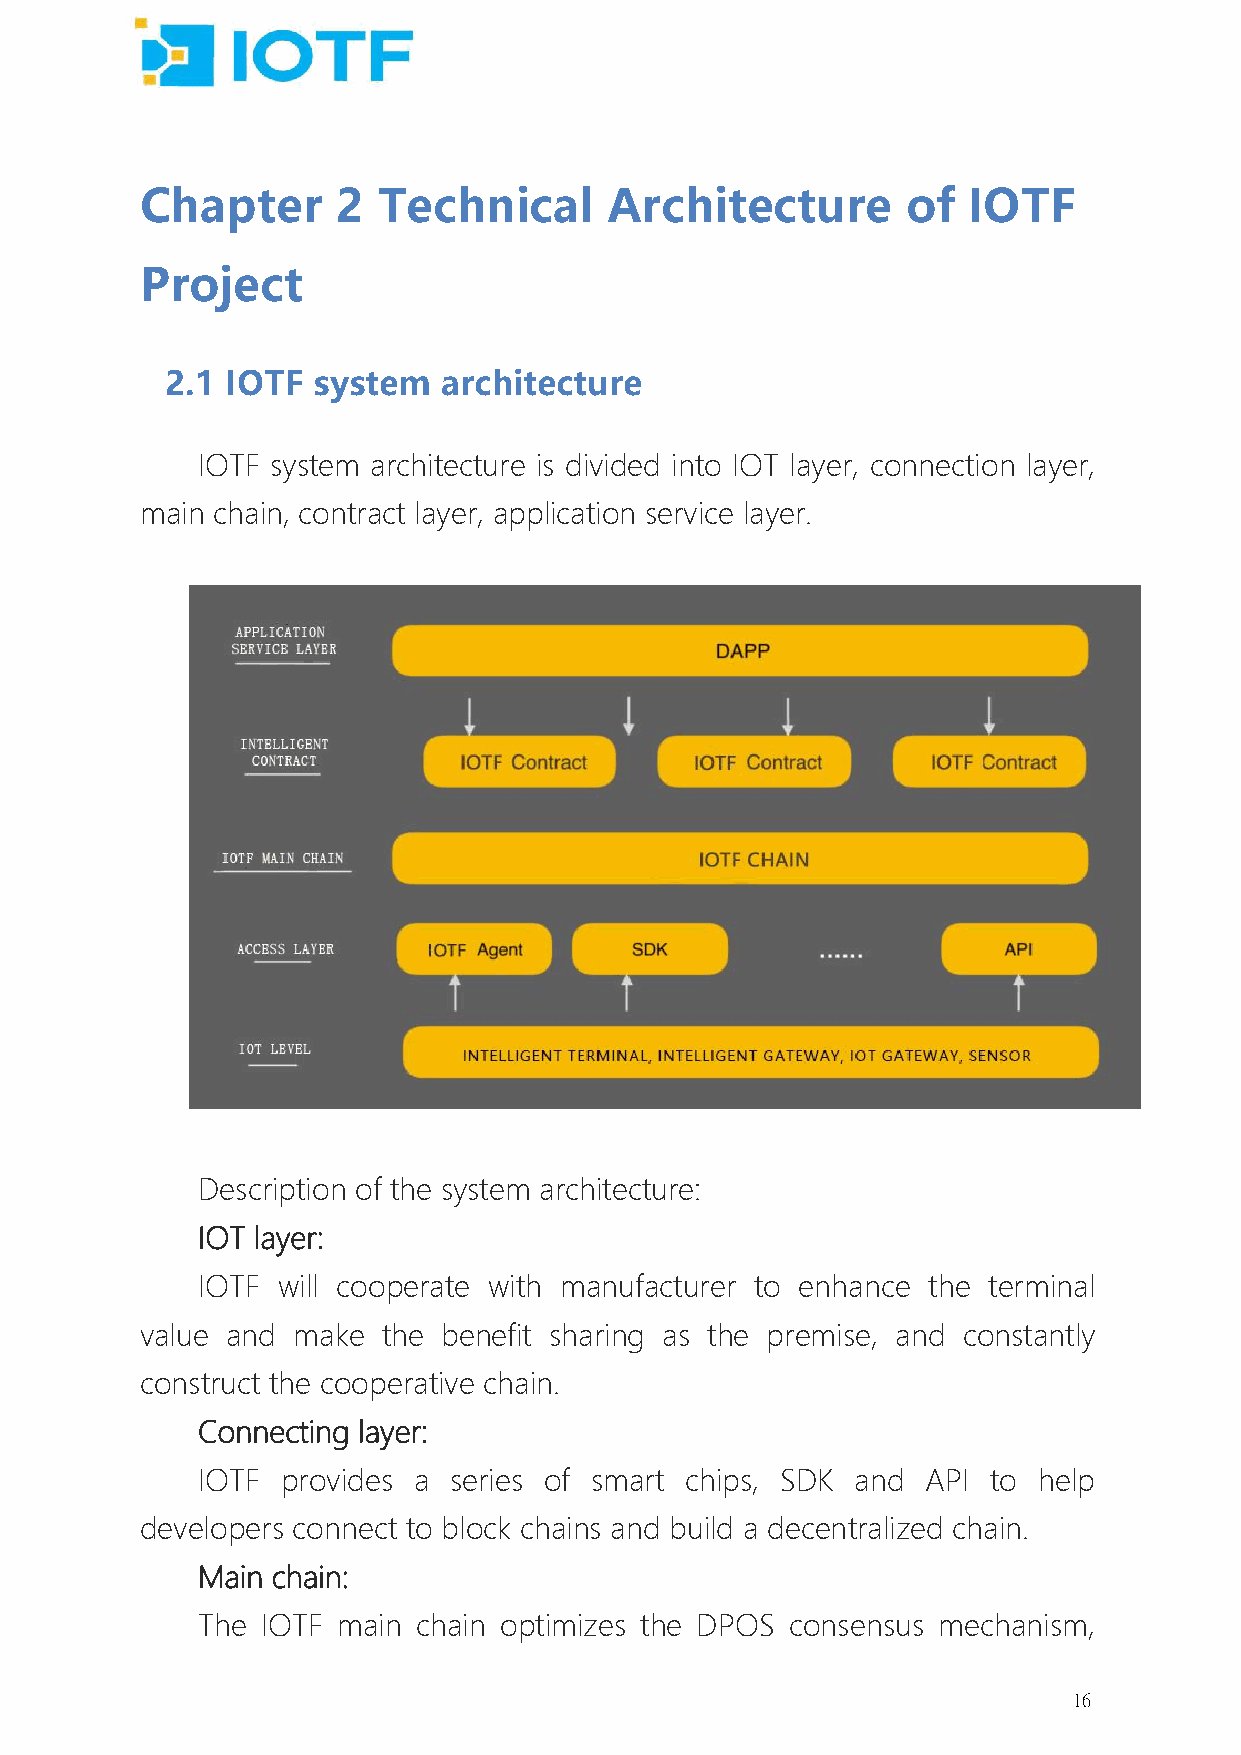
Chapter      2  Technical      Architecture        of  IOTF
 Project
 2.1 IOTF  system  architecture
 IOTF system architecture is divided into IOT layer, connection layer,
 main chain, contract layer, application service layer.
 Description of the system architecture:
 IOT layer:
 IOTF will cooperate with manufacturer to enhance the terminal
 value and make  the benefit sharing as the premise, and constantly
 construct the cooperative chain.
 Connecting layer:
 IOTF  provides a series of smart chips, SDK and API  to help
 developers connect to block chains and build a decentralized chain.
 Main chain:
 The IOTF main  chain optimizes the DPOS consensus mechanism,
 16